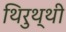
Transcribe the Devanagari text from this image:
थिरुथ्थी